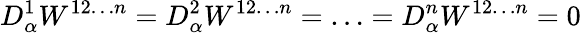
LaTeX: D_{\alpha}^{1}W^{12\ldots n}=D_{\alpha}^{2}W^{12\ldots n}=\ldots=D_{\alpha}^{n}W^{12\ldots n}=0